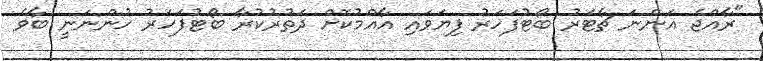
"ރާއްޖެ އަންނަ ޗާޓަރު ބޯޓުފަހަރު ފިޔަވައި އާއްމުކޮށް ދަތުރުކުރާ ބޯޓުފަހަރު ހުންނަނީ ބާވެ